system: You are a helpful assistant.
user:
Analyze the provided spectrum to determine if it is a **Carbon Star (C-type)**.

- **Key Visual Indicators of Carbon Star:**
    - **(Primary):** Strong molecular absorption from **C₂ (diatomic carbon) "Swan Bands."** This is the **defining feature** of a carbon star.
        - **(Key Bandheads):** Sharp absorption edges are visible at approximately $5635$ Å, $5165$ Å (the strongest band), and $4737$ Å.
        - **(Line Profile):** Creates a distinct **"saw-tooth"** pattern. The key morphology is a sharp, steep bandhead on the **red (long-wavelength) side**, which then gradually tapers off (i.e., flux recovers) towards the **blue (short-wavelength) side**. *(This is the direct opposite of the TiO bands seen in M-type stars)*.

    - **(Secondary):** Intense **CN (cyanogen)** molecular absorption bands.
        - **(Key Bandheads):** Located in the blue and violet regions of the spectrum (e.g., near $4215$ Å and $3883$ Å).
        - **(Morphology):** These bands are extremely broad and act as a "blanket," absorbing the vast majority of blue and violet light. This creates a characteristic **"cliff"** or **"steep drop-off"** in the spectrum's flux at short wavelengths.

    - **(Key Confirmation):** Strong **CH absorption band (G-band)**.
        - **(Key Bandhead):** Located around $4300$ Å. The contribution from CH molecules to this band is exceptionally strong.

    - **(Overall Spectrum):**
        - The continuum is severely "chopped up" by these deep molecular bands, especially C₂, rather than appearing as a smooth curve.
        - Due to the heavy CN and C₂ absorption in the blue-green, the vast majority of the star's flux is concentrated in the red part of the spectrum, giving the star its characteristic deep red color.

Think first, call **spectral_visualization_tool** if needed to examine features in detail, then provide your final answer. Your response must adhere to the following strict rules:
1.  **Overall Structure:** Your response must follow the format `<think>...</think> <tool_call>...</tool_call> (if a tool is used) <answer>...</answer>`.
2.  **Tool Usage Constraint:** You may only make **one** tool call per turn.
3.  **Final Answer Format:** In the `<answer>` tag, your conclusion must be inside a `\boxed{}` command (e.g., `\boxed{YES}`), followed by your justification.

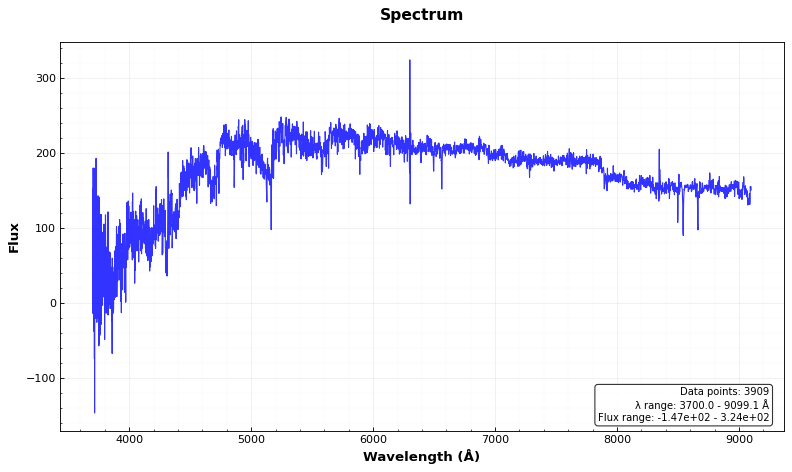
Answer: YES